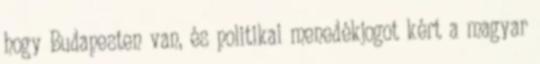
hogy Budapesten van, és politikai menedékjogot kért a magyar